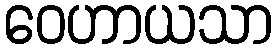
ဝေဟာယသာ